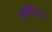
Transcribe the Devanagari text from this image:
धर्माभिमान